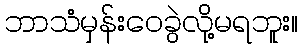
ဘာသံမှန်းဝေခွဲလို့မရဘူး။